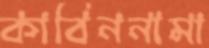
কাবিননামা